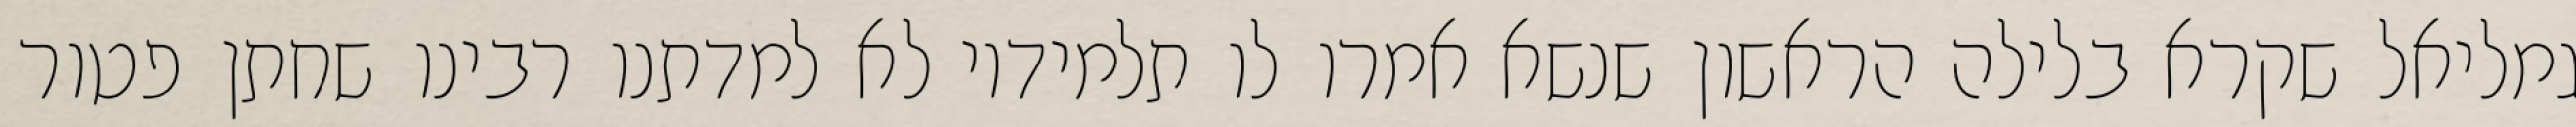
גמליאל שקרא בלילה הראשון שנשא אמרו לו תלמידיו לא למדתנו רבינו שחתן פטור